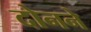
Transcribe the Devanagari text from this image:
दोनने